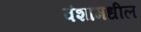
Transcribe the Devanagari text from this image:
वंशामधील